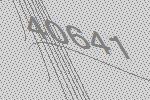
40641